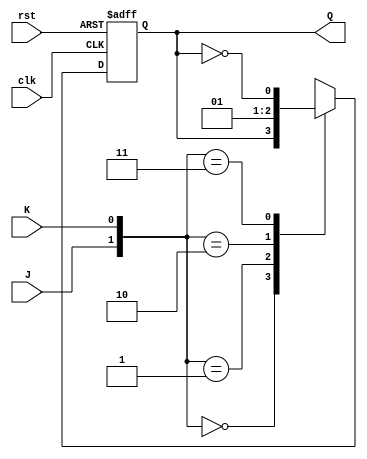
module JKFF ( input J,input K, input clk, input rst, output reg Q);
always @(posedge clk or posedge rst) //asynch reset
begin
if(rst == 1) 
begin 
Q <= 0;
end
else begin
case({J, K})
2'b00: Q <= Q; //no change
2'b01: Q <= 1'b0; //Clear
2'b10: Q <= 1'b1; //Set
2'b11: Q <= ~Q; //Complement
endcase
end
end
endmodule